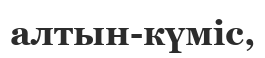
алтын-күміс,